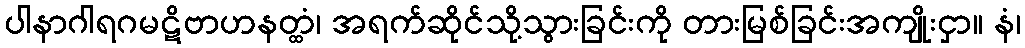
ပါနာဂါရဂမဋိဗာဟနတ္ထံ၊ အရက်ဆိုင်သို့သွားခြင်းကို တားမြစ်ခြင်းအကျိုးငှာ။ နံ၊